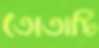
তোতাটি